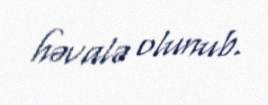
həvalə olunub.